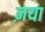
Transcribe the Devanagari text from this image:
ऩया